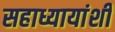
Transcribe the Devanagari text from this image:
सहाध्यायांशी